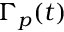
\Gamma _ { p } ( t )